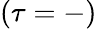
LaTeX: (\tau=-)